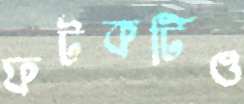
ফটকটিও